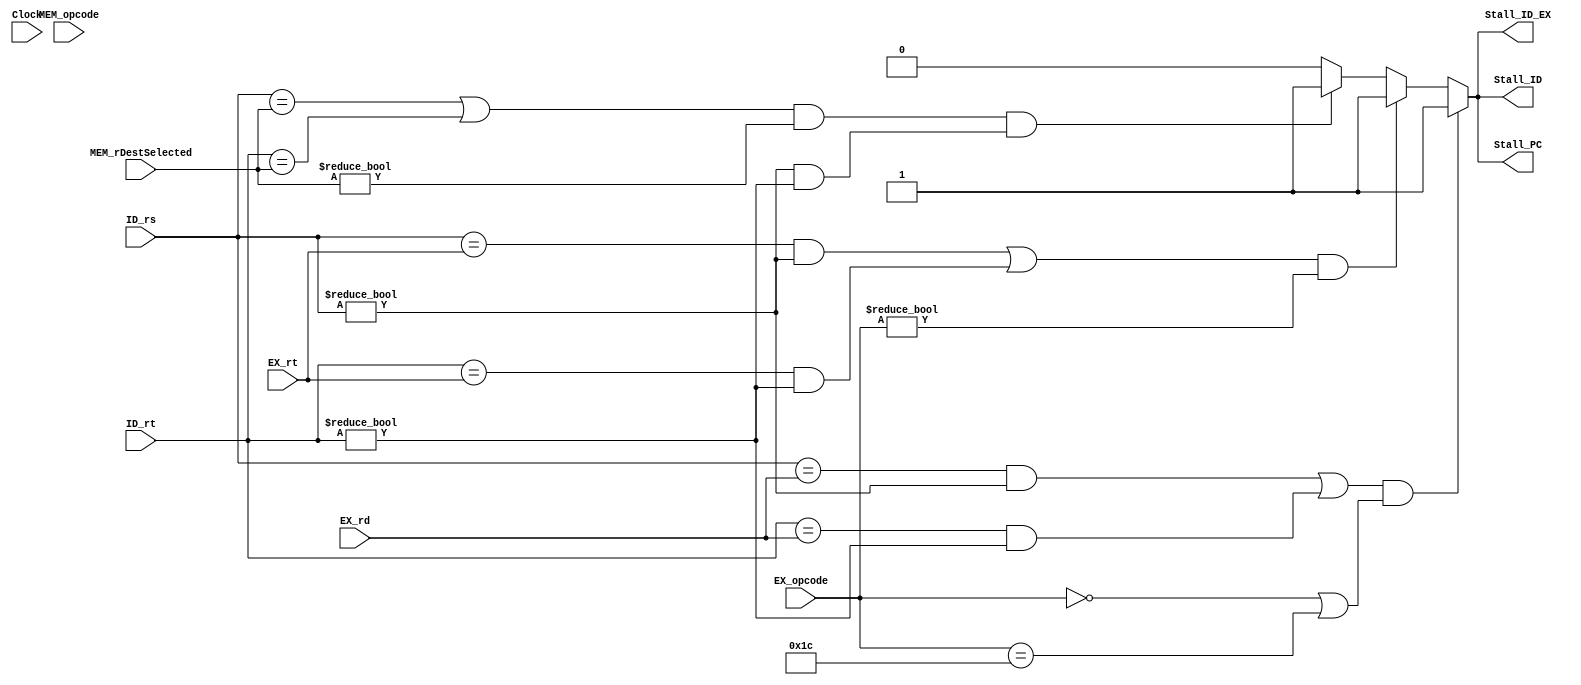
`timescale 1ns / 1ps
//////////////////////////////////////////////////////////////////////////////////
// Company: 
// Engineer: 
// 
// Design Name: 
// Module Name: HazardDetection
// Project Name: 
// Target Devices: 
// Tool Versions: 
// Description: 
// 
// Dependencies: 
// 
// Revision:
// Revision 0.01 - File Created
// Additional Comments:
// 
//////////////////////////////////////////////////////////////////////////////////


module HazardDetection(
// Inputs
Clock, 
ID_rs, ID_rt, EX_opcode, MEM_opcode, MEM_rDestSelected, EX_rt, EX_rd,

// Outputs
Stall_ID, Stall_PC, Stall_ID_EX
);
input Clock;
input [4:0] ID_rs, ID_rt, MEM_rDestSelected, EX_rt, EX_rd;
input [5:0] EX_opcode, MEM_opcode;

output reg Stall_ID, Stall_PC, Stall_ID_EX;

always @ (ID_rs, ID_rt) begin
    // R-Type dependency between an instruction in ID and an instruction in EX
    // Last is condition is necessary so the pipeline doesn't stall when 2 nop's are in a row or when instructions like bgtz (rt == 0) have a no op in front
   if ((((ID_rs == EX_rd) && (ID_rs != 0)) || ((ID_rt == EX_rd) && (ID_rt != 0))) && (EX_opcode == 6'b000000 || EX_opcode == 6'b011100)) begin
        Stall_ID <= 1;
        Stall_PC <= 1;
        Stall_ID_EX <= 1;
    end 
    
    
    // I-Type dependency between and instruction in ID and an instruction in EX
   else if (((ID_rs == EX_rt && ID_rs != 0) || (ID_rt == EX_rt && ID_rt != 0)) && (EX_opcode != 6'b000000)) begin 
        Stall_ID <= 1;
        Stall_PC <= 1;
        Stall_ID_EX <= 1;
    end
    
    // R-Type or I-Type dependency between an instruction in ID and an instruction in MEM
    else if ((ID_rs == MEM_rDestSelected || ID_rt == MEM_rDestSelected) && (MEM_rDestSelected != 0) && (ID_rs != 0 && ID_rt != 0)) begin
        Stall_ID <= 1; 
        Stall_PC <= 1;
        Stall_ID_EX <= 1;
    end
    
    // No dependency exists
    else begin 
        Stall_ID <= 0;
        Stall_PC <= 0;
        Stall_ID_EX <= 0;
    end
    
end

endmodule